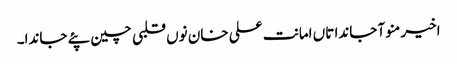
اخیر منو آ جاندا تاں امانت علی خان نوں قلبی چین پئے جاندا۔